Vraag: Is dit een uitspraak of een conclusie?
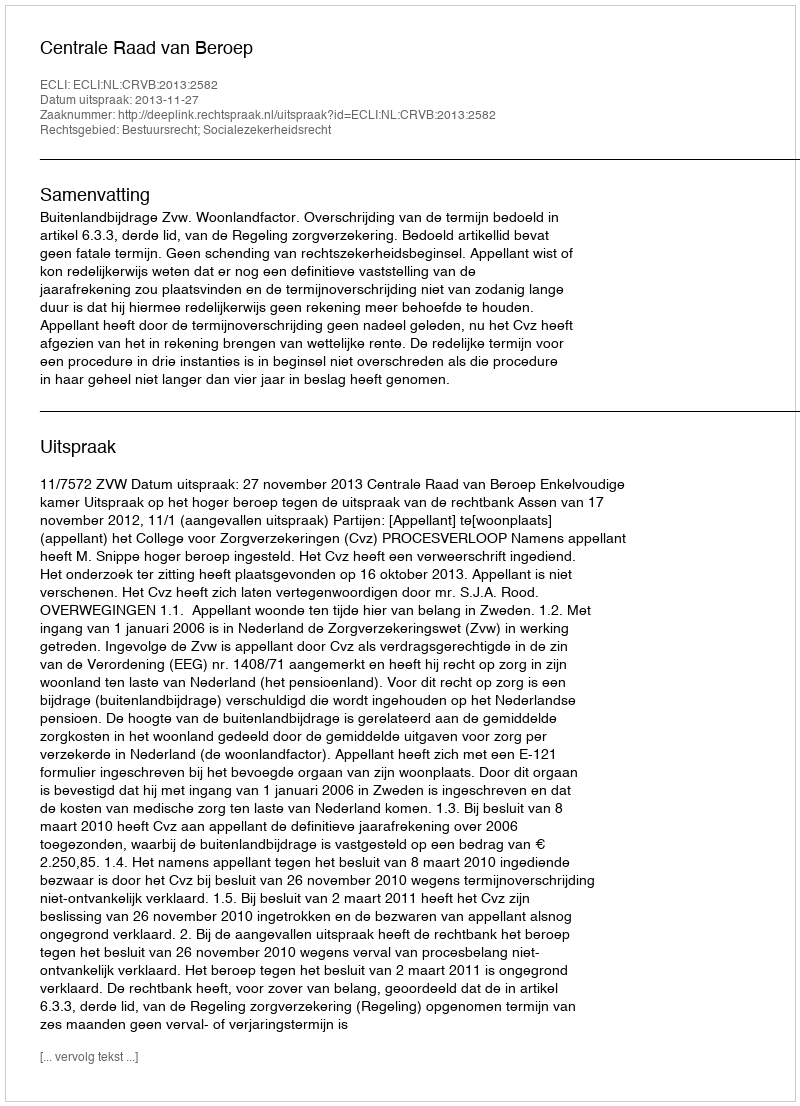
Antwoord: Uitspraak